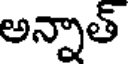
అన్నాత్